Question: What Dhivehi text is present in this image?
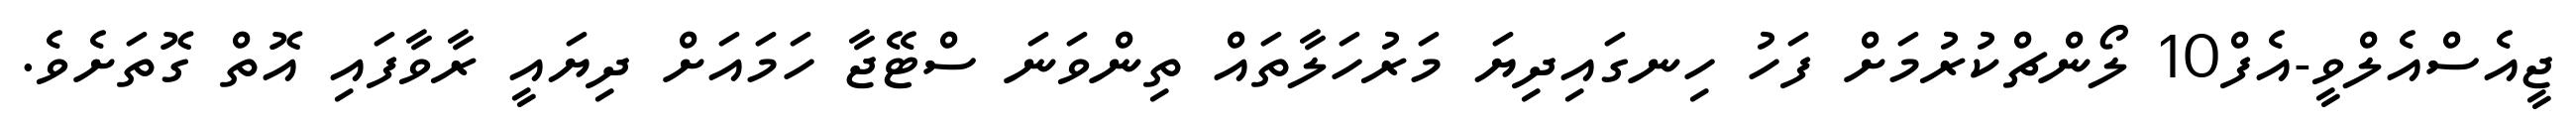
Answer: ޖީއެސްއެލްވީ-އެފް10 ލޯންޗްކުރުމަށް ފަހު ހިނގައިދިޔަ މަރުހަލާތައް ތިންވަނަ ސްޓޭޖާ ހަމައަށް ދިޔައީ ރާވާފައި އޮތް ގޮތަށެވެ.